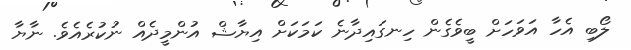
ލޯބި އެހާ އަވަހަށް ބީވެގެން ހިނގައިދާނެ ކަމަކަށް އިޔާޝް އުންމީދެއް ނުކުރެއެވެ. ނާޔާ